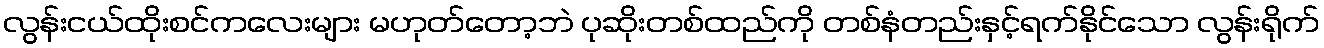
လွန်းငယ်ထိုးစင်ကလေးများ မဟုတ်တော့ဘဲ ပုဆိုးတစ်ထည်ကို တစ်နံတည်းနှင့်ရက်နိုင်သော လွန်းရိုက်